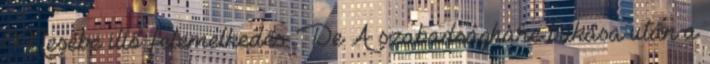
Mesébe illő felemelkedés. De A szabadságharc bukása után a